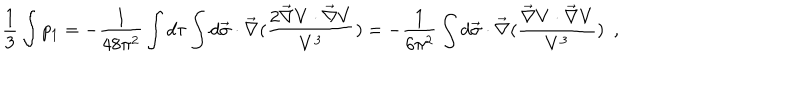
\frac { 1 } { 3 } \int p _ { 1 } = - \frac { 1 } { 4 8 \pi ^ { 2 } } \int d \tau \int d \vec { \sigma } \cdot \vec { \nabla } ( \frac { 2 \vec { \nabla } V \cdot \vec { \nabla } V } { V ^ { 3 } } ) = - \frac { 1 } { 6 \pi ^ { 2 } } \int d \vec { \sigma } \cdot \vec { \nabla } ( \frac { \vec { \nabla } V \cdot \vec { \nabla } V } { V ^ { 3 } } ) ~ ~ ,